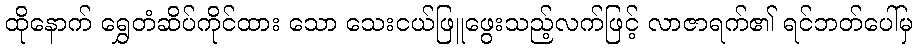
ထိုနောက် ရွှေတံဆိပ်ကိုင်ထား သော သေးငယ်ဖြူဖွေးသည့်လက်ဖြင့် လာဇာရက်၏ ရင်ဘတ်ပေါ်မှ